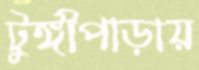
টুঙ্গীপাড়ায়